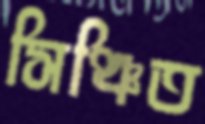
সিঞ্চিত